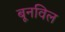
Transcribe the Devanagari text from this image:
बूनविल